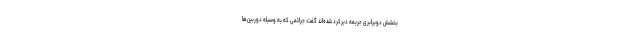
بخشش دوبرابری جریمه دیرکرد شده‌اند گفت: جرائمی که به وسیله دوربین‌ها